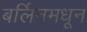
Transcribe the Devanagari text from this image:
बर्लिनमधून